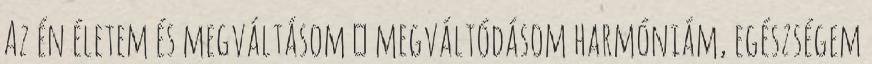
Az én életem és megváltásom � megváltódásom harmóniám, egészségem